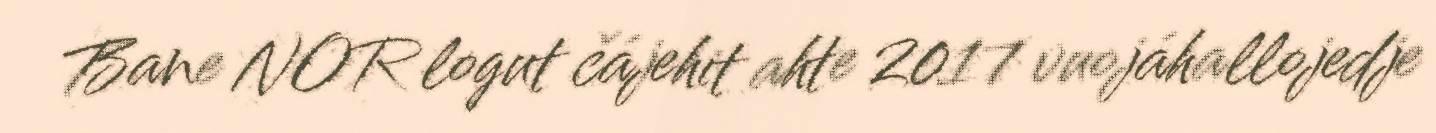
Bane NOR logut čájehit ahte 2017 vuojáhallojedje